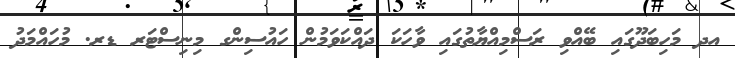
އދ މަހިބަދޫގައި ބޭއްވި ރަސްމިއްޔާތުގައި ވާހަކަ ދައްކަވަމުން ހައުސިންގ މިނިސްޓަރ ޑރ. މުހައްމަދު